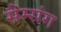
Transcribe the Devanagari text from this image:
सैम्संग